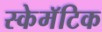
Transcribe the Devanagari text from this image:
स्केमॅटिक